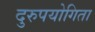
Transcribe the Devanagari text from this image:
दुरुपयोगिता